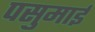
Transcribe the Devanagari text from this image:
पसुमाई